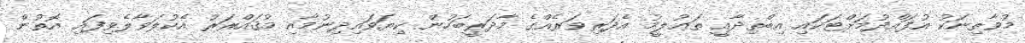
މުވާޠިނަކު އުފައްދުމަށްޓަކައި އިބްތިދާއީ ތަޢުލީމު އެދަރިވަރެއްގެ މާދަރީބަހުން ކިޔަވައިދިނުމާއި މުޤައްރަރު އެކުލަވާލެވިފައި އޮތުން